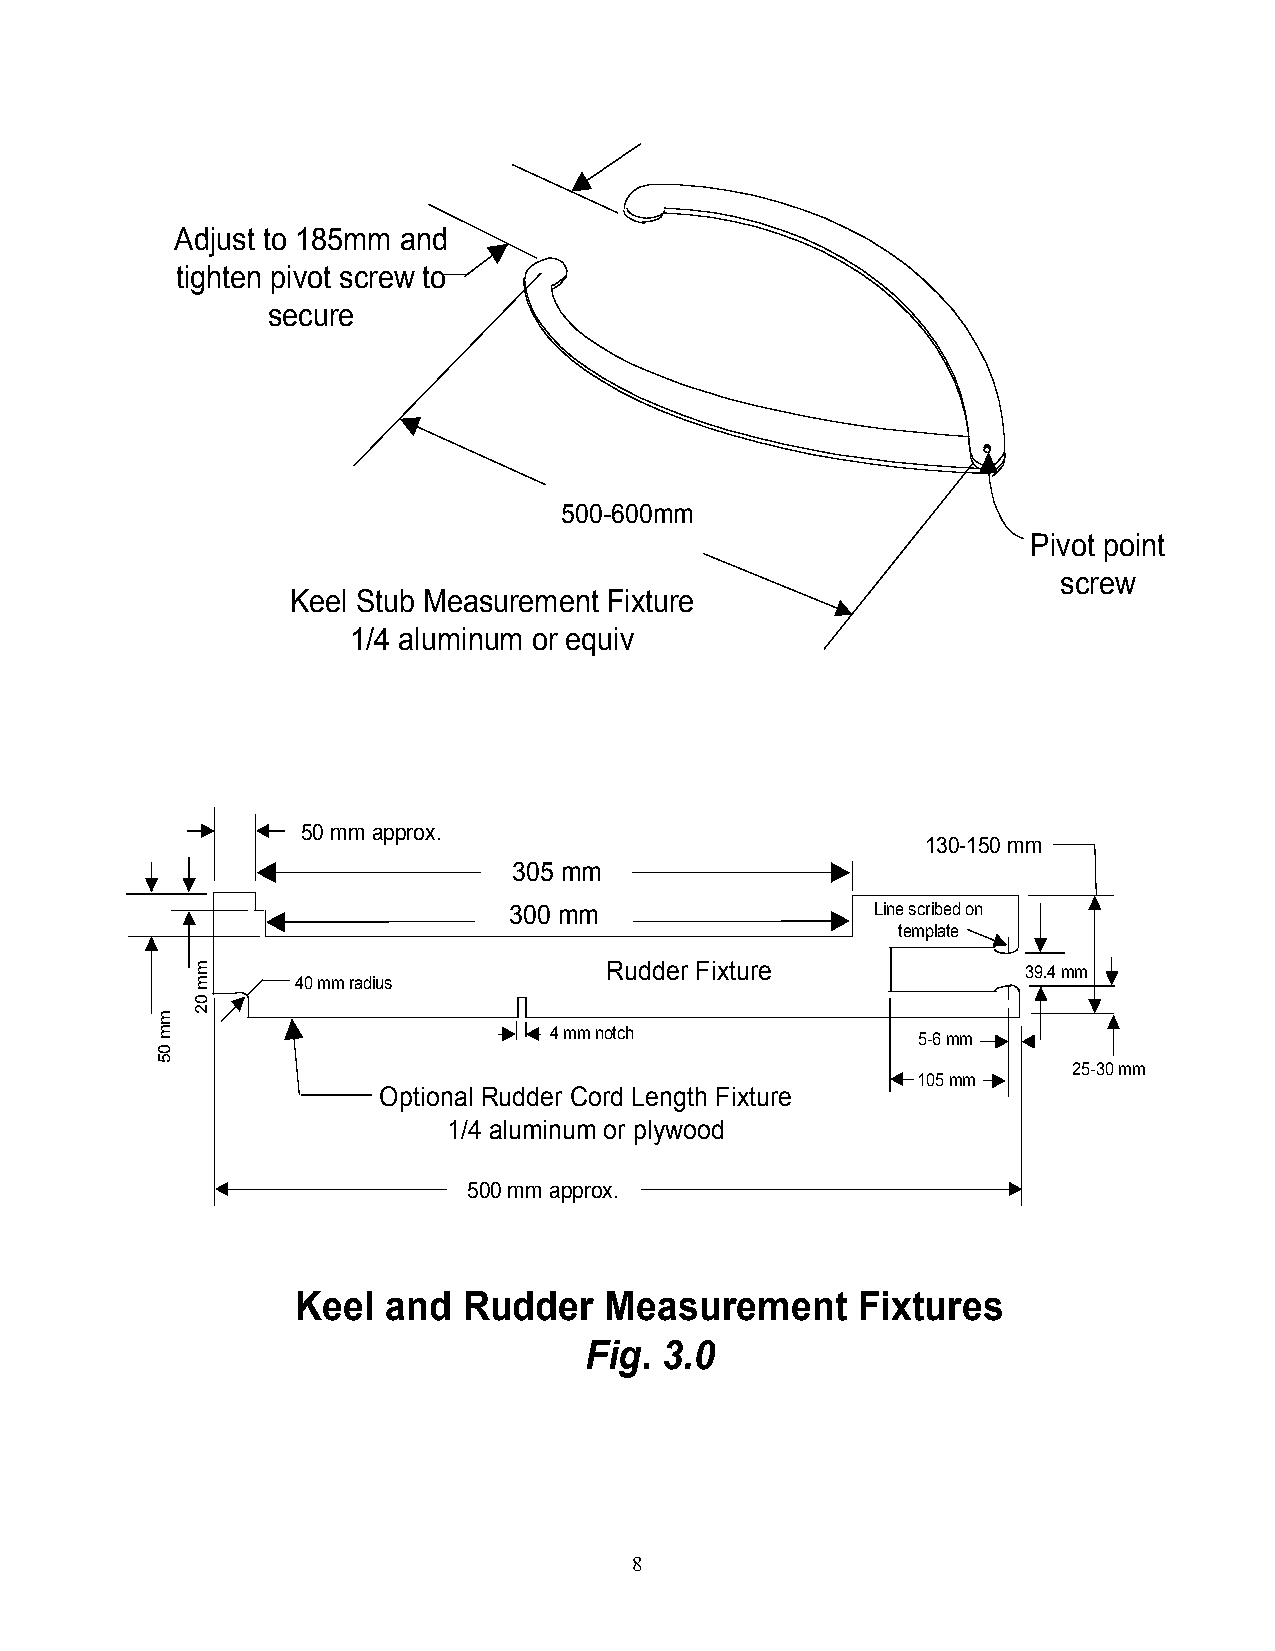
Adjust to 185mm and
 tighten pivot screw to
 secure
 500-600mm
 Pivot point
 screw
 Keel Stub Measurement Fixture
 1/4 aluminum or equiv
 50 mm approx.
 130-150 mm
 305 mm
 300 mm                  Line scribed on
 template
 Rudder Fixture              39.4 mm
 40 mm radius
 4 mm notch               5-6 mm
 25-30 mm
 105 mm
 Optional Rudder Cord Length Fixture
 1/4 aluminum or plywood
 500 mm approx.
 Keel and   Rudder   Measurement      Fixtures
 Fig. 3.0
 8
 mm
 05
 mm
 02